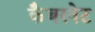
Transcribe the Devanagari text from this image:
कैबरनेट